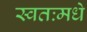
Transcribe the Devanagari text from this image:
स्वतःमधे